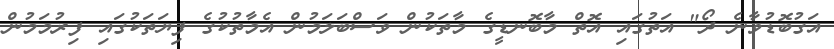
އަގުބޮޑުވާނެ ދޯ" އަތުގައި އޮތް މާބޮނޑީގެ މާތަކުން ވަސްބަލަމުން އެމާތުކުގެ ފިޔަތަކުގައި ފިރުމަމުން